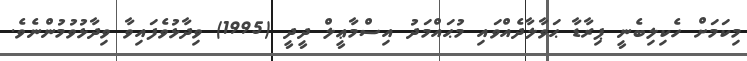
މިކަމަށް ހެކިލިބެނީ ޕިރާޑާ ޙަވާލާދެއްވައި މުޙައްމަދު އިސްމާޢީލް ދީދީ (1995) ވިދާޅުވެފައިވާ ވިދާޅުވުމުންނެވެ.